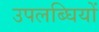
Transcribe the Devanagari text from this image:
उपलब्घियों